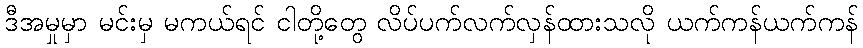
ဒီအမှုမှာ မင်းမှ မကယ်ရင် ငါတို့တွေ လိပ်ပက်လက်လှန်ထားသလို ယက်ကန်ယက်ကန်